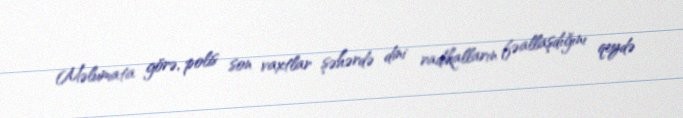
Məlumata görə, polis son vaxtlar şəhərdə dini radikalların fəallaşdığını qeydə